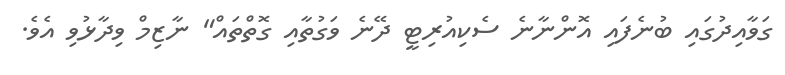
ގަވާއިދުގައި ބުނެފައި އޮންނާނެ ސެކިއުރިޓީ ދޭނެ ވަގުތާއި ގޮތްތައް" ނާޒިމް ވިދާޅުވި އެވެ.